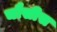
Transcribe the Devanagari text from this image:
चौसीस